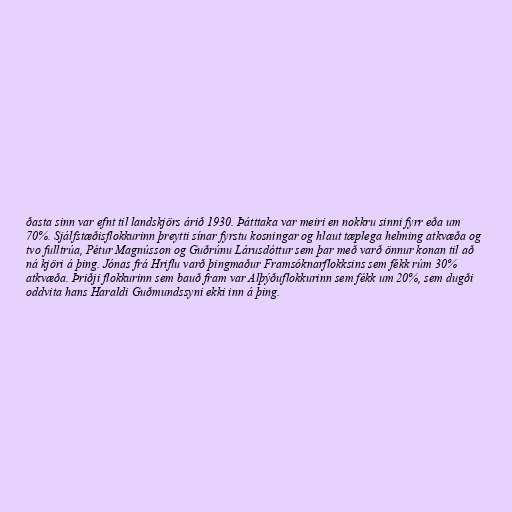
ðasta sinn var efnt til landskjörs árið 1930. Þátttaka var meiri en nokkru sinni fyrr eða um
70%. Sjálfstæðisflokkurinn þreytti sínar fyrstu kosningar og hlaut tæplega helming atkvæða og
tvo fulltrúa, Pétur Magnússon og Guðrúnu Lárusdóttur sem þar með varð önnur konan til að
ná kjöri á þing. Jónas frá Hriflu varð þingmaður Framsóknarflokksins sem fékk rúm 30%
atkvæða. Þriðji flokkurinn sem bauð fram var Alþýðuflokkurinn sem fékk um 20%, sem dugði
oddvita hans Haraldi Guðmundssyni ekki inn á þing.